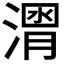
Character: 𱨒